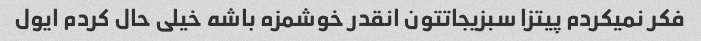
فکر نمیکردم پیتزا سبزیجاتتون انقدر خوشمزه باشه خیلی حال کردم ایول